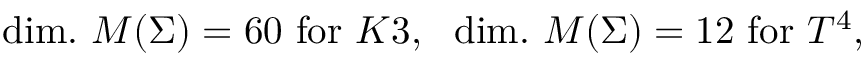
\mathrm { d i m . } ~ { \cal M } ( \Sigma ) = 6 0 ~ \mathrm { f o r } ~ K 3 , ~ ~ \mathrm { d i m . } ~ { \cal M } ( \Sigma ) = 1 2 ~ \mathrm { f o r } ~ T ^ { 4 } ,